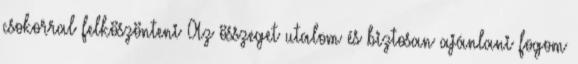
csokorral felköszönteni Az összeget utalom és biztosan ajánlani fogom